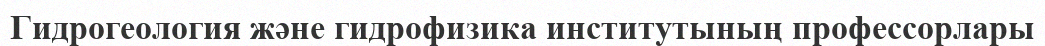
Гидрогеология және гидрофизика институтының профессорлары